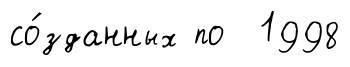
со́зданных по 1998